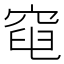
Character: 𥦣